Report of the King Institute of Preventive Medicine, Guindy
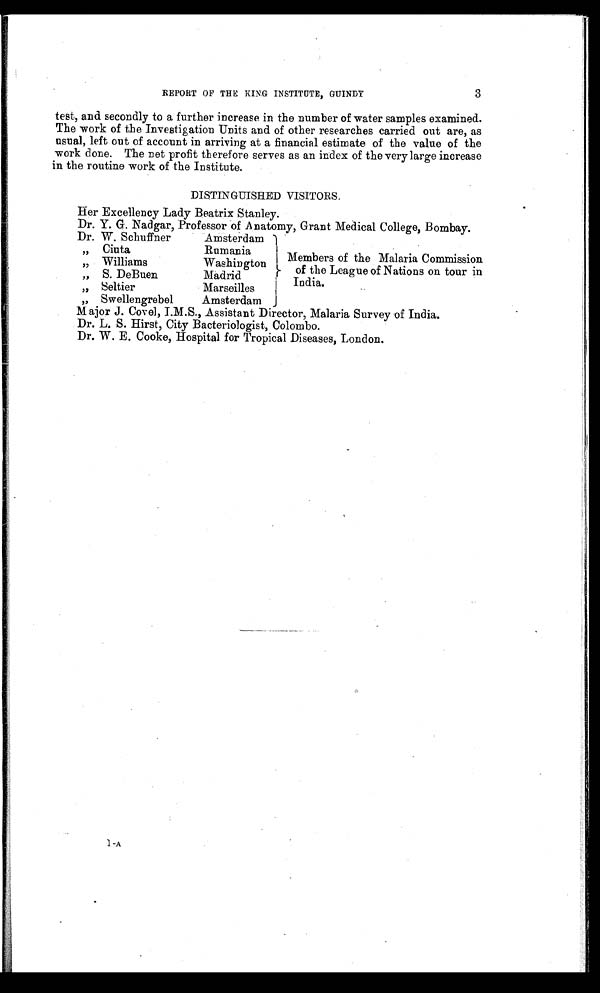
REPORT OF THE KING INSTITUTE, GUINDY
3
test, and secondly to a further increase in the number of water samples examined.
The work of the Investigation Units and of other researches carried out are, as
usual, left out of account in arriving at a financial estimate of the value of the
work done. The net profit therefore serves as an index of the very large increase
in the routine work of the Institute.
DISTINGUISHED VISITORS.
Her Excellency Lady Beatrix Stanley.
Dr. Y. G. Nadgar, Professor of Anatomy, Grant Medical College, Bombay.
Dr. W. Schuffner
Amsterdam
Members of the Malaria Commission
of the League of Nations on tour in
India.
„ Ciuta
Rumania
,, Williams
Washington
„ S. DeBuen
Madrid
„ Seltier
Marseilles
„ Swellengrebel
Amsterdam
M ajor J. Covet, I.M.S., Assistant Director, Malaria Survey of India.
Dr. L. S. Hirst, City Bacteriologist, Colombo.
Dr. W. E. Cooke, Hospital for Tropical Diseases, London.
-A